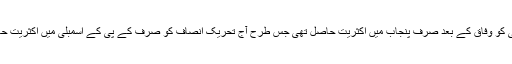
پیپلزپارٹی کو وفاق کے بعد صرف پنجاب میں اکثریت حاصل تھی جس طرح آج تحریک انصاف کو صرف کے پی کے اسمبلی میں اکثریت حاصل ہے۔